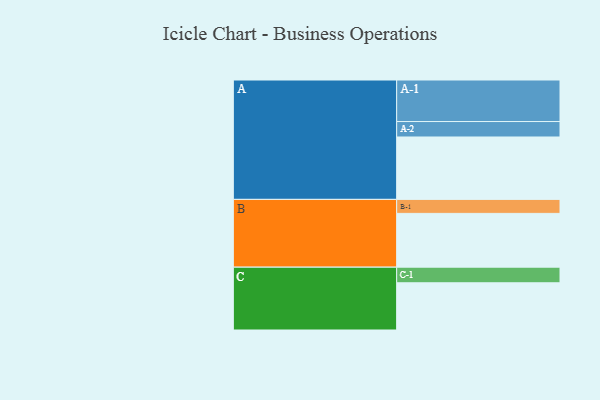
{"axis": {"x": "Segment", "y": "Value"}, "legend": ["", "A", "B", "C"], "data": [{"x": "A", "y": 428, "type": ""}, {"x": "B", "y": 369, "type": ""}, {"x": "C", "y": 324, "type": ""}, {"x": "A-1", "y": 285, "type": "A"}, {"x": "A-2", "y": 106, "type": "A"}, {"x": "B-1", "y": 96, "type": "B"}, {"x": "C-1", "y": 107, "type": "C"}]}